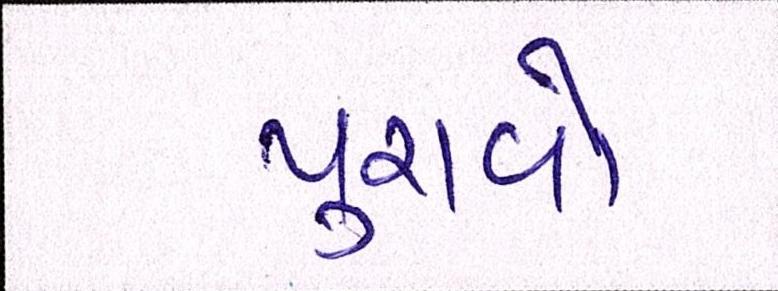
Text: પુરાવો